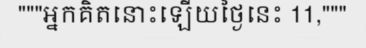
"""អ្នកគិតនោះឡើយថ្ងៃនេះ 11,"""